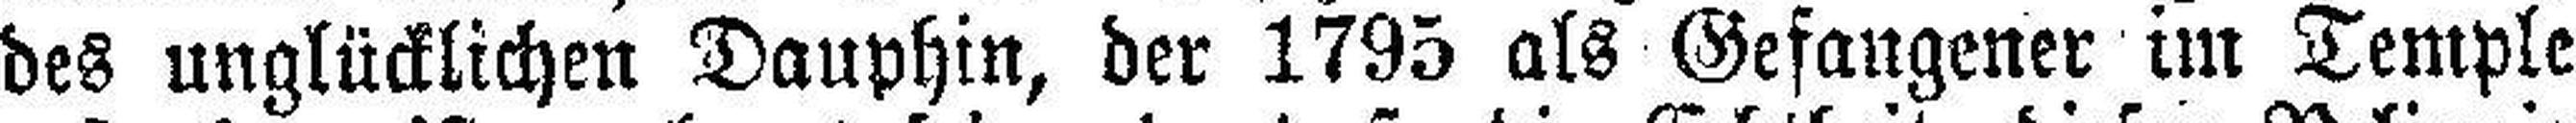
des unglücklichen Dauphin, der 1795 als Gefangener im Temple